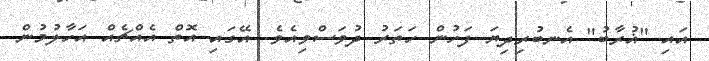
އައި "ޣުރާބު" އެނބުރިދިޔަ ފަހުން ހަތަރު ދުވަސްވިއެވެ. އޭގައި އޮތް އެއްޗެއް އަހާލުމުން